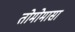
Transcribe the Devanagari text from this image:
तोमोमासा